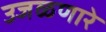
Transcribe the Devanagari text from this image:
उजळणारे